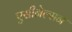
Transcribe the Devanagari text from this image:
एसीनेल्सन